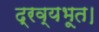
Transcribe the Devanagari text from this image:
द्रव्यभूत।